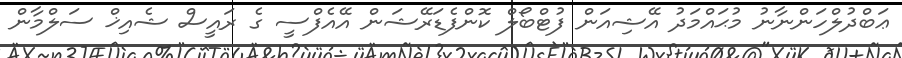
ޢަބްދުލްހަންނާނު މުޙައްމަދު އޭޝިއަން ފުޓްބޯލް ކޮންފެޑަރޭޝަން އޭއެފްސީ ގެ ރައީސް ޝެއިޚް ސަލްމާން